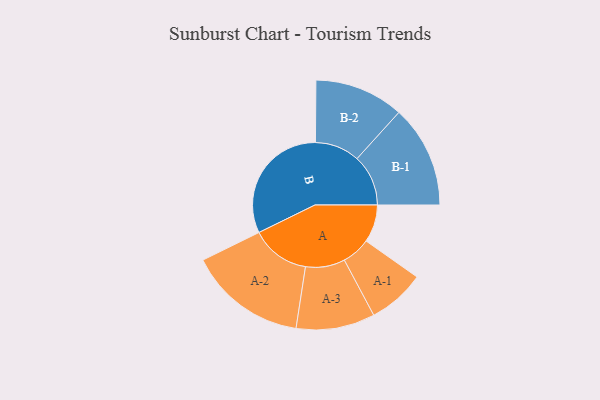
{"axis": {"x": "Segment", "y": "Value"}, "legend": ["", "A", "B"], "data": [{"x": "A", "y": 150, "type": ""}, {"x": "B", "y": 497, "type": ""}, {"x": "A-1", "y": 114, "type": "A"}, {"x": "A-2", "y": 235, "type": "A"}, {"x": "A-3", "y": 157, "type": "A"}, {"x": "B-1", "y": 204, "type": "B"}, {"x": "B-2", "y": 178, "type": "B"}]}